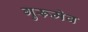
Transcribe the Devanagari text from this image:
गुरूमेव